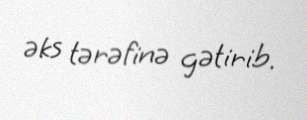
əks tərəfinə gətirib.